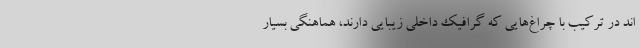
اند در ترکیب با چراغ‌هایی که گرافیک داخلی زیبایی دارند، هماهنگی بسیار